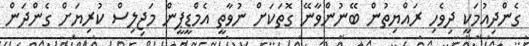
ގެންދިއުމަކީ ދިވެހި ރައްޔިތުން ބޭނުންވާނޭ ގޮތަކަށް ނުވާތީ އެމްޑީޕީން މަޖިލިސް ކުރިޔަށް ގެންދަން